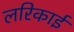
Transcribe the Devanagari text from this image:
लरिकाई